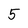
Character: 5